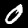
Digit: 0